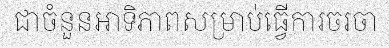
ជាចំនួនអាទិភាពសម្រាប់ធ្វើការចរចា